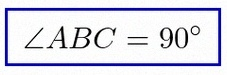
\angle ABC=90^\circ